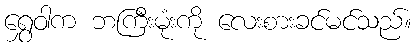
ရွှေဝါက ဘကြီးမုံးကို လေးစားခင်မင်သည်။